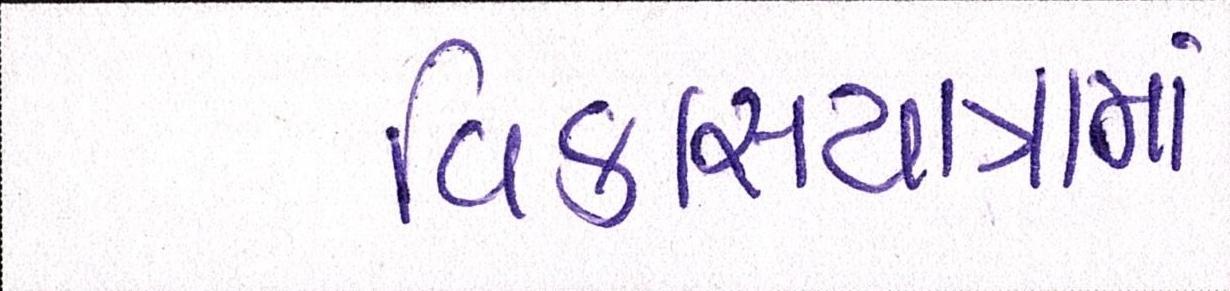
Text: વિકાસયાત્રામાં